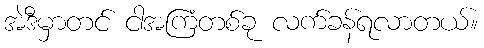
အဲဒီမှာတင် ငါအကြံတစ်ခု လက်ခန်ရလာတယ်။